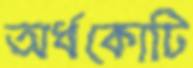
অর্ধকোটি